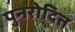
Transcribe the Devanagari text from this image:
पुनरोदित